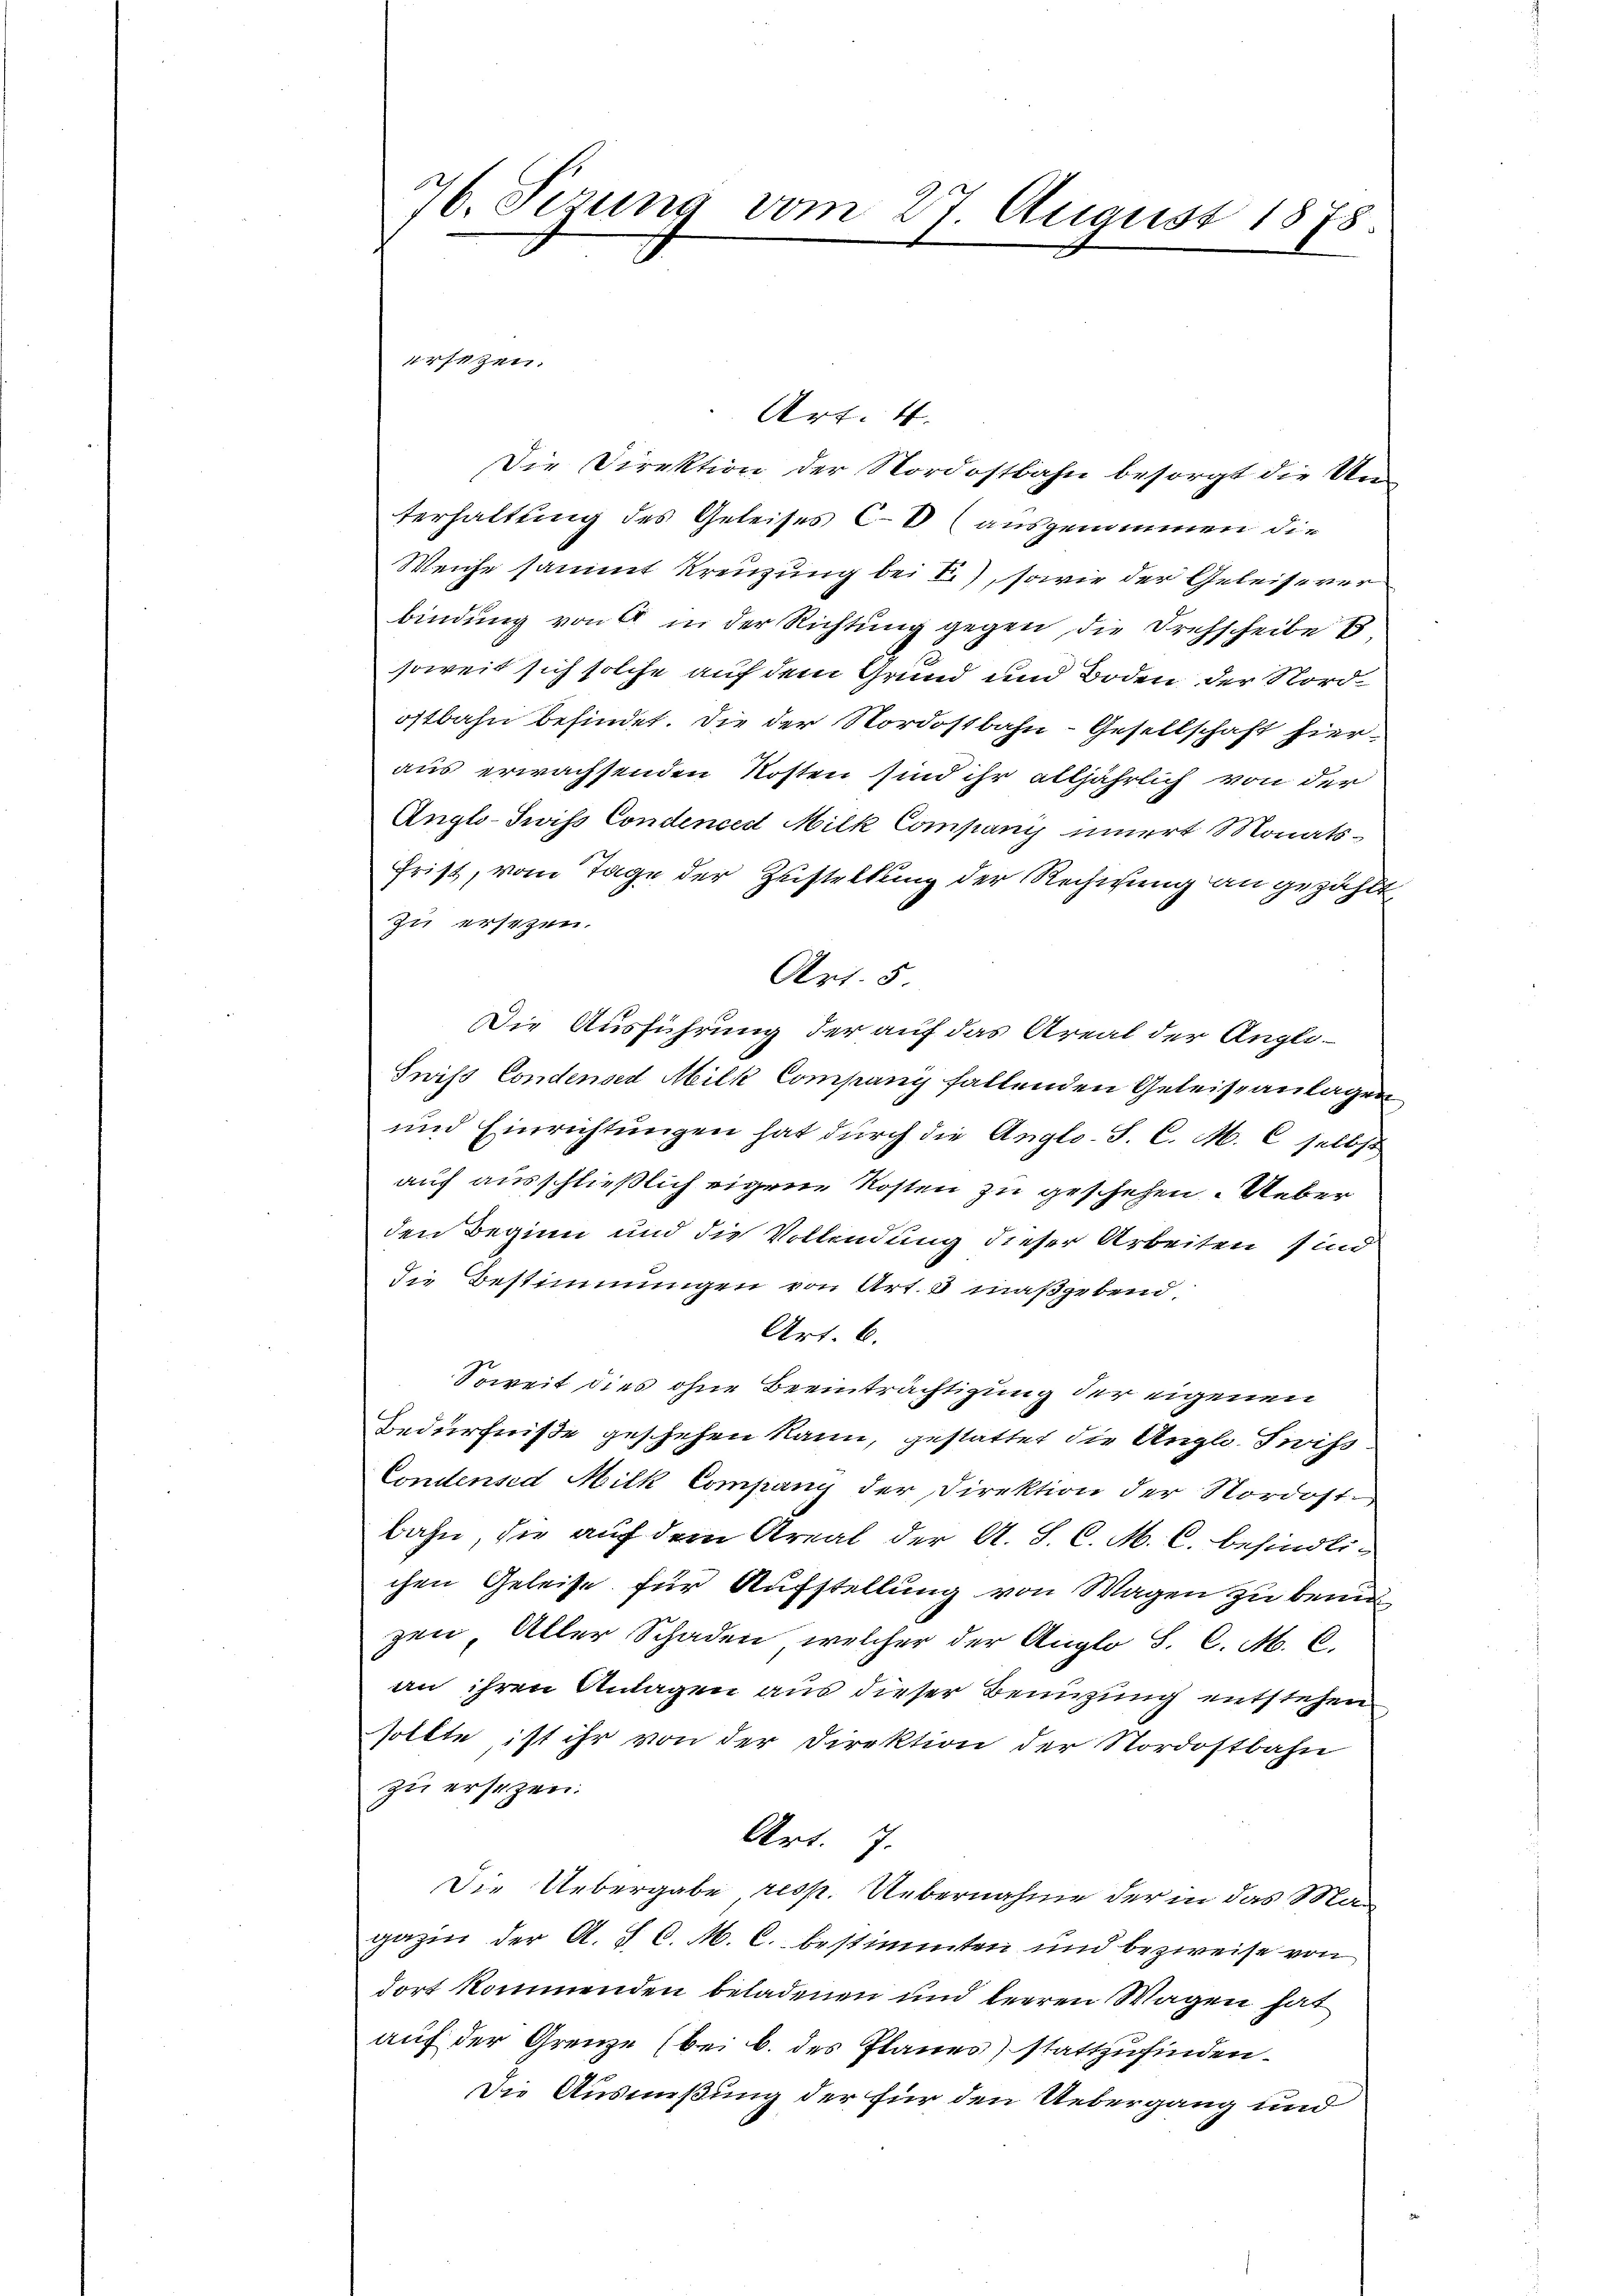
76. Sizung vom 27. August 1875.

ersetzen.
Art. 4.
Die Direktion der Nordostbahn besorgt die Unterhaltung des Geleises CV ausgenommen die
Weiche sammt Kreuzung bei B.), sowie der Geleisever
bindung von 4 in der Richtung gegen die Drehscheibe
soweit sich solche auf dem Grund und Boden der Nordostbahn befindet. Die der Nordostbahn-Gesellschaft hieraus erwachsenden Kosten sind ihr alljährlich von der
Anglo-Swiss Condenced Milk Companis innert Monats-
frist, vom Tage der Zustellung der Rechnung an gezählt
zu ersezen.
Art. 5
Die Ausführung der auf das Areal der Angli¬
Swiss Condensed Milk Company fallenden Geleiseanlagen
und Einrichtungen hat durch die Anglo-S. C. M. C. selbst
auf ausschließlich eigene Kosten zu geschehen. Ueber
den Beginn und die Vollendung dieser Arbeiten sind
die Bestimmungen von Art. 5 maßgebend.
Art. 6.
Soweit dies ohne Beeinträchtigung der eigenen
Bedürfniße geschehen kann, gestattet die Anglo. Swiss
Condensed Milk Company der Direktion der Nordostbahn, die auf dem Areal der A. S. C. M. C. befindlich
chen Geleise für Aufstellung von Wagen zu benu
zen, Aller Schaden, welcher der Anglo S. C. M. C.
an ihren Anlagen aus dieser Benuzung entstehen
sollte ist ihr von der Direktion der Nordostbahn
zu ersezen.
Art. 7.
Die Uebergabe resp. Uebernahme der in das Magazin der A. SC. M. C. bestimmten und bezweise von
dort kommenden beladenen und leeren Wagen hat
auf der Grenze (bei b. des Planes) stattzufinden.
Die Ausmeßung der für den Uebergang und